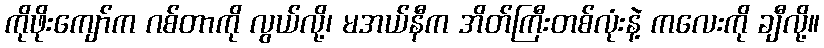
ကိုဖိုးကျော်က ဂစ်တာကို လွယ်လို့၊ မအယ်နီက အိတ်ကြီးတစ်လုံးနဲ့ ကလေးကို ချီလို့။